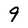
Character: 9